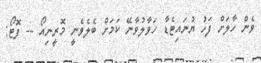
ވެން ހާލަށް ފަހު ޔުނައިޓެޑާ ހަވާލުވާނޭ ކަމަށް ބެލެވެނީ މޮރީނިއޯ -- ފޮޓޯ: